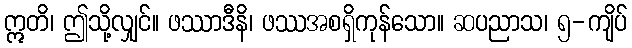
ဣတိ၊ ဤသို့လျှင်။ ဖဿာဒီနိ၊ ဖဿအစရှိကုန်သော။ ဆပညာသ၊ ၅-ကျိပ်